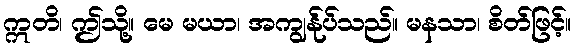
ဣတိ၊ ဤသို့။ မေ မယာ၊ အကျွန်ုပ်သည်။ မနသာ၊ စိတ်ဖြင့်။